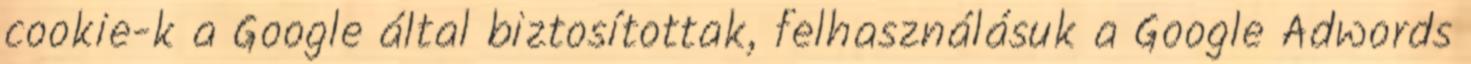
cookie-k a Google által biztosítottak, felhasználásuk a Google Adwords